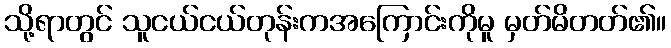
သို့ရာတွင် သူငယ်ငယ်တုန်းကအကြောင်းကိုမူ မှတ်မိတတ်၏။